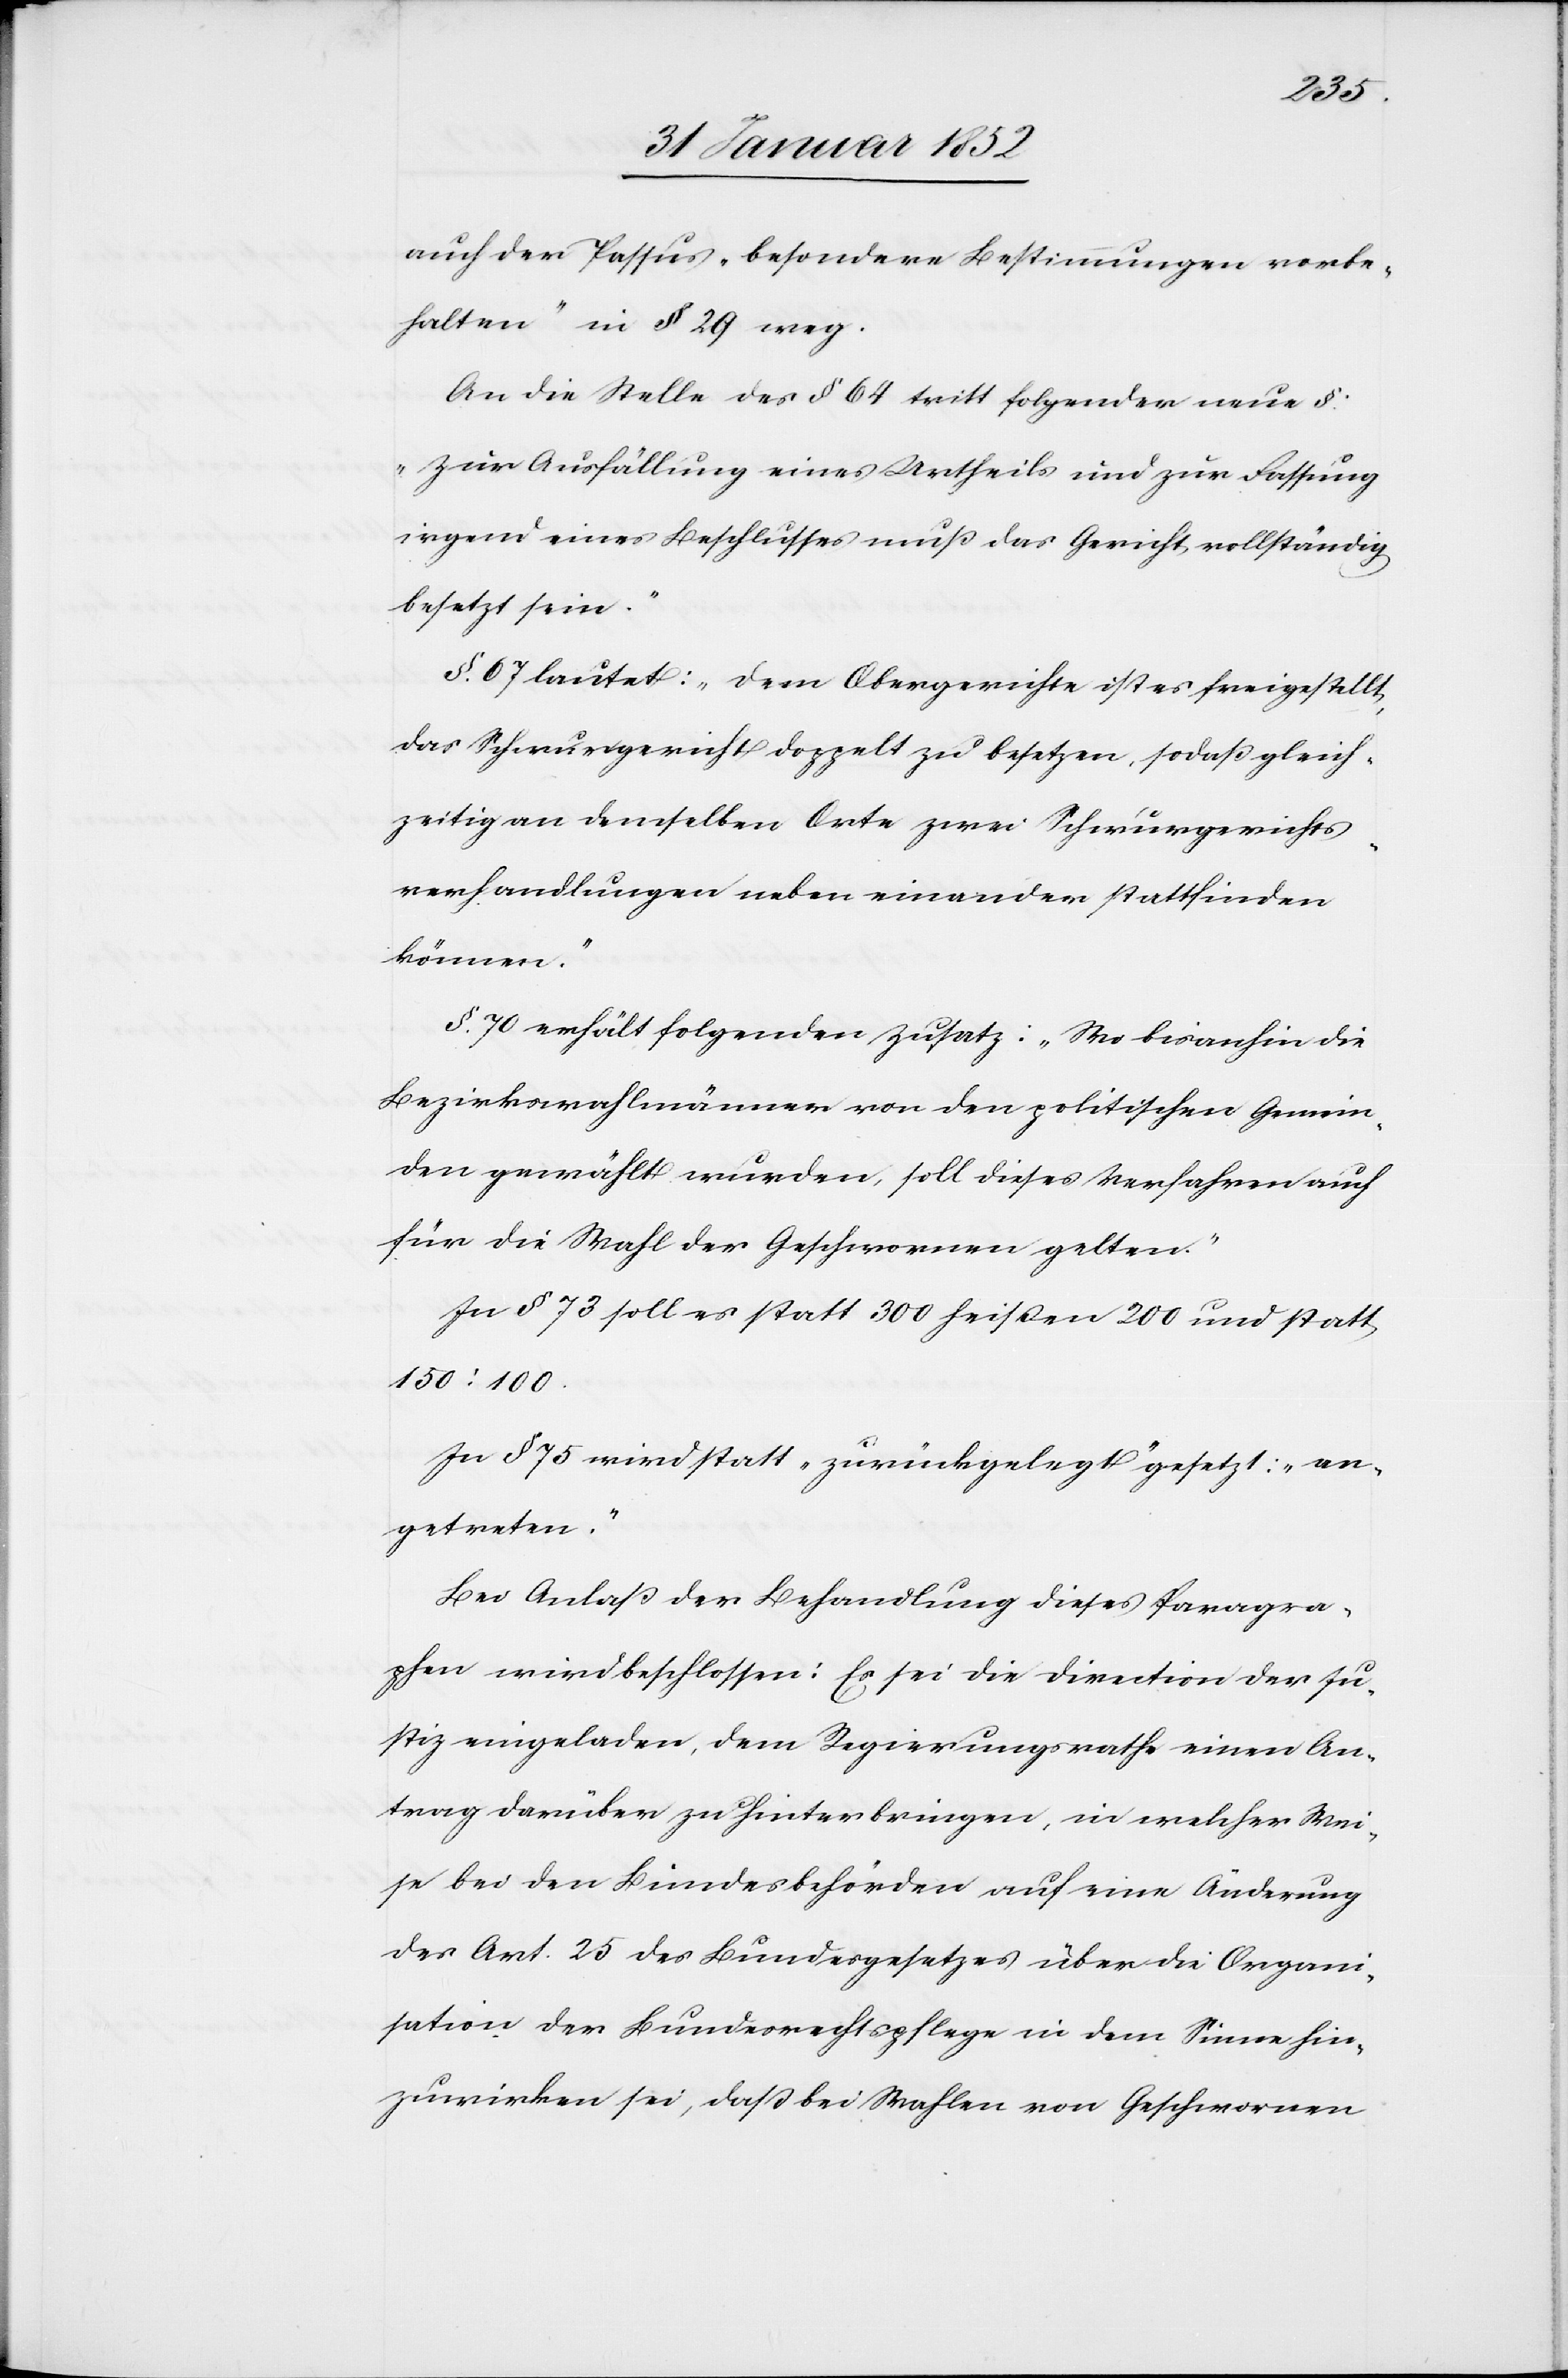
auch der Passus „besondere Bestimmungen vorbe¬
halten“ in § 29 weg.
An die Stelle des § 64 tritt folgender neuer §:
„Zur Ausfüllung eines Urtheils und zur Fassung
irgend eines Beschlusses muß das Gericht vollständig
besetzt sein.“
§. 67 lautet: „Dem Obergerichte ist es freigestellt,
das Schwurgericht doppelt zu besetzen, so daß gleich¬
zeitig an demselben Orte zwei Schwurgerichts¬
verhandlungen neben einander stattfinden
können.“
§. 70 erhält folgenden Zusatz: „Wo bisanhin die
Bezirkswahlmänner von den politischen Gemein¬
den gewählt wurden, soll dieses Verfahren auch
für die Wahl der Geschwornen gelten.“
Zu § 73 soll es statt 300 heißen 200 und statt
150: 100.
In § 75 wird statt „zurückgelegt“ gesetzt: „an¬
getreten.“
Bei Anlaß der Behandlung dieses Paragra¬
phen wird beschlossen: Es sei die Direction der Ju¬
stiz eingeladen, dem Regierungsrathe einen An¬
trag darüber zu hinterbringen, in welcher Wei¬
se bei den Bundesbehörden auf eine Änderung
des Art. 25 des Bundesgesetzes über die Organi¬
sation der Bundesrechtspflege in dem Sinne hin¬
zuwirken sei, daß bei Wahlen von Geschwornen